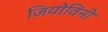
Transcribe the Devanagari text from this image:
जियोविनी